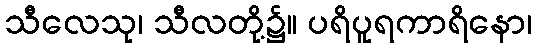
သီလေသု၊ သီလတို့၌။ ပရိပူရကာရိနော၊